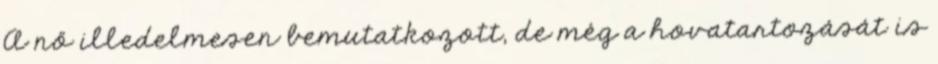
A nő illedelmesen bemutatkozott, de még a hovatartozását is